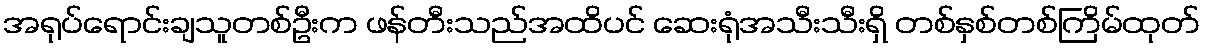
အရုပ်ရောင်းချသူတစ်ဦးက ဖန်တီးသည်အထိပင် ဆေးရုံအသီးသီးရှိ တစ်နှစ်တစ်ကြိမ်ထုတ်